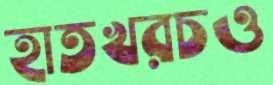
হাতখরচও